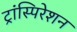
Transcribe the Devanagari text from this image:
ट्रांस्पिरेशन